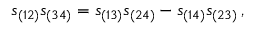
s _ { ( 1 2 ) } s _ { ( 3 4 ) } = s _ { ( 1 3 ) } s _ { ( 2 4 ) } - s _ { ( 1 4 ) } s _ { ( 2 3 ) } \, ,